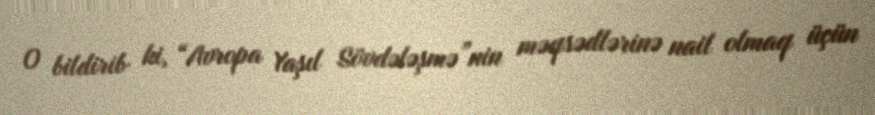
O bildirib ki, “Avropa Yaşıl Sövdələşmə”nin məqsədlərinə nail olmaq üçün